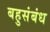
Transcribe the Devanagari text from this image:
बहुसंबंध